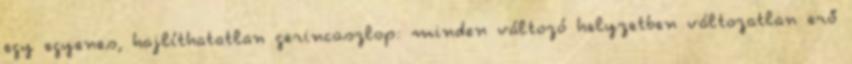
egy egyenes, hajlíthatatlan gerincoszlop: minden változó helyzetben változatlan erő